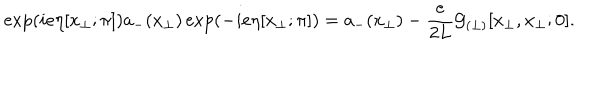
\exp \left( i e \eta [ x _ { \perp } ; \pi ] \right) a _ { - } ( x _ { \perp } ) \exp \left( - i e \eta [ x _ { \perp } ; \pi ] \right) = a _ { - } ( x _ { \perp } ) - \frac { e } { 2 L } { \cal G } _ { ( \perp ) } [ x _ { \perp } , x _ { \perp } ; 0 ] .